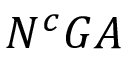
N ^ { c } G A